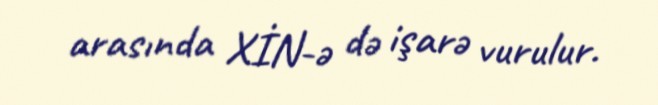
arasında XİN-ə də işarə vurulur.